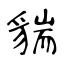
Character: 貒